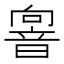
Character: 𩐢